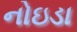
નોઇડા